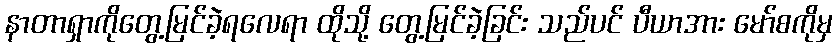
နာတာရှာကိုတွေ့မြင်ခဲ့ရလေရာ ထိုသို့ တွေ့မြင်ခဲ့ခြင်း သည်ပင် ပီယာအား မော်စကိုမှ